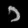
Digit: ၁